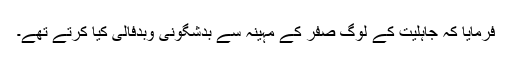
فرمایا کہ جاہلیت کے لوگ صفر کے مہینہ سے بدشگونی وبدفالی کیا کرتے تھے۔